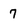
Character: 7